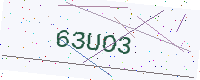
Text: 63UO3